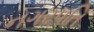
નગરપતિ